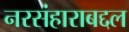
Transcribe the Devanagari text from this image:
नरसंहाराबद्दल